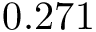
0 . 2 7 1